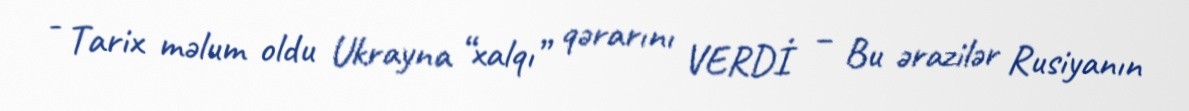
- Tarix məlum oldu Ukrayna “xalqı” qərarını VERDİ – Bu ərazilər Rusiyanın